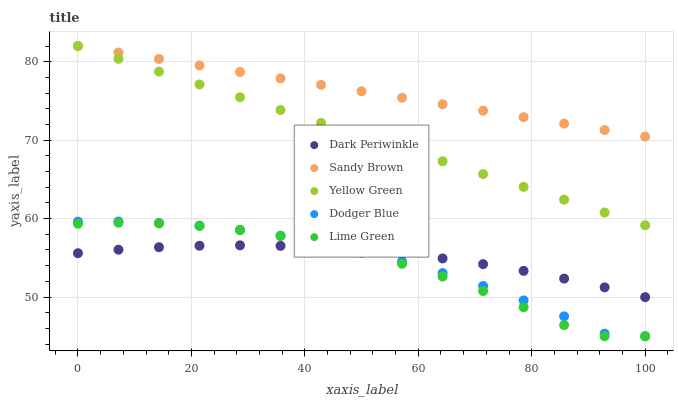
| xaxis_label | Dark Periwinkle | Sandy Brown | Yellow Green | Dodger Blue | Lime Green |
 | --- | --- | --- | --- | --- | --- |
 | 0 | 55.6 | 82 | 82 | 59.6 | 59.3 |
 | 7.14 | 56 | 81.2 | 80.4 | 59.6 | 59.5 |
 | 14.3 | 56.4 | 80.4 | 78.7 | 59.5 | 59.4 |
 | 21.4 | 56.5 | 79.5 | 77.1 | 59.1 | 59.1 |
 | 28.6 | 56.6 | 78.7 | 75.5 | 58.6 | 58.5 |
 | 35.7 | 56.5 | 77.9 | 73.8 | 57.8 | 57.8 |
 | 42.9 | 56.3 | 77.1 | 72.2 | 56.9 | 56.8 |
 | 50 | 56 | 76.2 | 70.6 | 55.8 | 55.6 |
 | 57.1 | 55.5 | 75.4 | 68.9 | 54.5 | 54.2 |
 | 64.3 | 54.9 | 74.6 | 67.3 | 53.1 | 52.6 |
 | 71.4 | 54.2 | 73.8 | 65.7 | 51.4 | 50.8 |
 | 78.6 | 53.3 | 72.9 | 64 | 49.6 | 48.7 |
 | 85.7 | 52.3 | 72.1 | 62.4 | 47.5 | 46.4 |
 | 92.9 | 51.2 | 71.3 | 60.8 | 45.3 | 45 |
 | 100 | 50 | 70.5 | 59.1 | 45 | 45 |